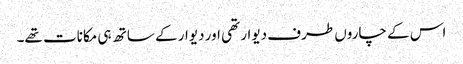
اس کے چاروں طرف دیوار تھی اور دیوار کے ساتھ ہی مکانات تھے۔